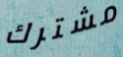
مشترك